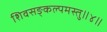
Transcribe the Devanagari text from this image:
शिवसङ्कल्पमस्तु॥४॥